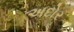
અદોર